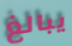
يبالغ